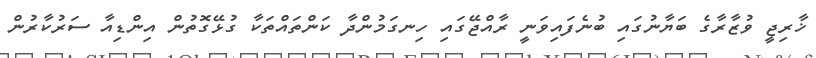
ޚާރިޖީ ވުޒާރާގެ ބަޔާނުގައި ބުނެފައިވަނީ ރާއްޖޭގައި ހިނގަމުންދާ ކަންތައްތަކާ ގުޅޭގޮތުން އިންޑިއާ ސަރުކާރުން